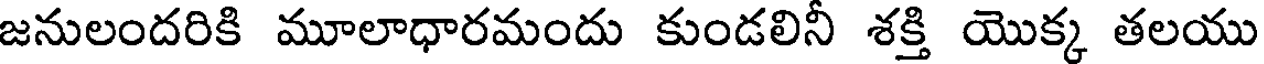
జనులందరికి మూలాధారమందు కుండలినీ శక్తి యొక్క తలయు